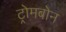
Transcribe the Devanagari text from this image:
ट्रोमबोन